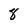
Character: 8